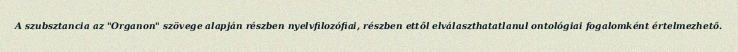
A szubsztancia az "Organon" szövege alapján részben nyelvfilozófiai, részben ettől elválaszthatatlanul ontológiai fogalomként értelmezhető.